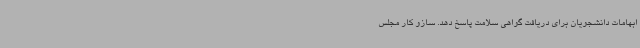
ابهامات دانشجویان برای دریافت گواهی سلامت پاسخ دهد. سازو کار مجلس